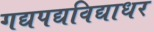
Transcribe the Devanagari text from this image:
गद्यपद्यविद्याधर